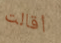
أقالت